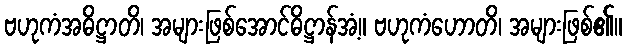
ဗဟုကံအဓိဋ္ဌာတိ၊ အများဖြစ်အောင်ဓိဋ္ဌာန်အံ့။ ဗဟုကံဟောတိ၊ အများဖြစ်၏။